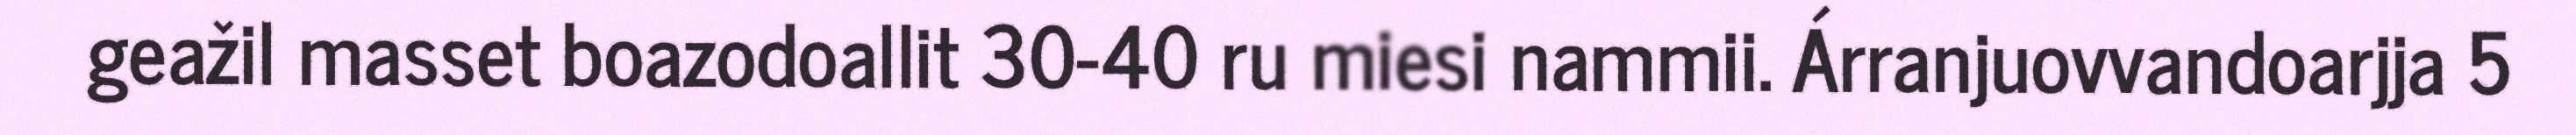
geažil masset boazodoallit 30-40 ru miesi nammii. Árranjuovvandoarjja 5